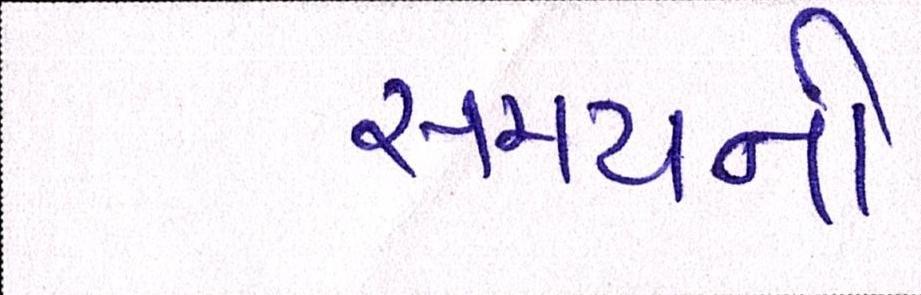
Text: સમયની